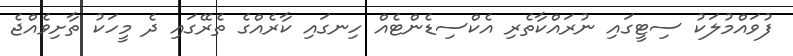
ފުވައްމުލަކު ސިޓީގައި ނުރައްކާތެރި އެކްސިޑެންޓެއް ހިނގައި ކާރެއްގެ ތެރޭގައި ދެ މީހަކު ތާށިވެއްޖެ